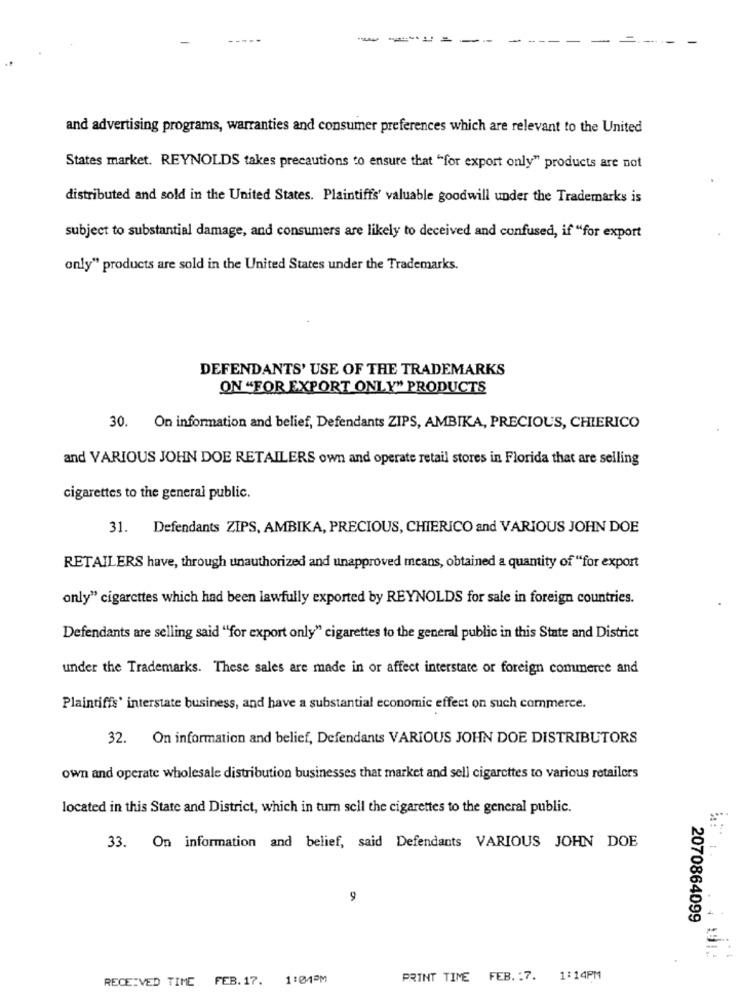
-
and advertising programs, warranties and consumer preferences which are relevant to the United
States market. REYNOLDS takes precautions to ensure that "for export only" products are not
distributed and sold in the United States. Plaintiffs' valuable goodwill under the Trademarks is
subject to substantial damage, and consumers are likely to deceived and confused, if "for export
only" products are sold in the United States under the Trademarks.
DEFENDANTS' USE OF THE TRADEMARKS
ON "FOR EXPORT ONLY" PRODUCTS
30. On information and belief, Defendants ZIPS, AMBIKA, PRECIOUS, CHIERICO
and VARIOUS JOHN DOE RETAILERS own and operate retail stores in Florida that are selling
cigarettes to the general public.
31. Defendants ZIPS, AMBIKA, PRECIOUS, CHIERICO and VARIOUS JOHN DOE
RETAILERS have, through unauthorized and unapproved means, obtained a quantity of "for export
only" cigarettes which had been lawfully exported by REYNOLDS for sale in foreign countries.
Defendants are selling said "for export only" cigarettes to the general public in this State and District
under the Trademarks. These sales are made in or affect interstate or foreign commerce and
Plaintiffs' interstate business, and have a substantial economic effect on such commerce.
32. On information and belief, Defendants VARIOUS JOHN DOE DISTRIBUTORS
own and operate wholesale distribution businesses that market and sell cigarettes to various retailers
located in this State and District, which in turn sell the cigarettes to the general public.
33. On information and belief, said Defendants VARIOUS JOHN DOE
9
2070864099
RECEIVED TIME FEB. 17.
1:04PM
PRINT TIME FEB. : 7. 1:14PM